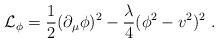
LaTeX: \begin{align*}{\cal{L}}_{\phi}= \frac {1} {2} ( \partial_{\mu} \phi)^2 - \frac {\lambda} {4}(\phi^2 - v^2)^2 \; .\end{align*}